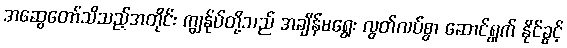
အဆွေတော်သိသည့်အတိုင်း ကျွန်ုပ်တို့သည် အချိန်မရွေး လွတ်လပ်စွာ ဆောင်ရွက် နိုင်ခွင့်